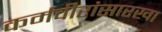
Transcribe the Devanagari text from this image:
कर्मवीरांसारखा